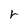
Character: r